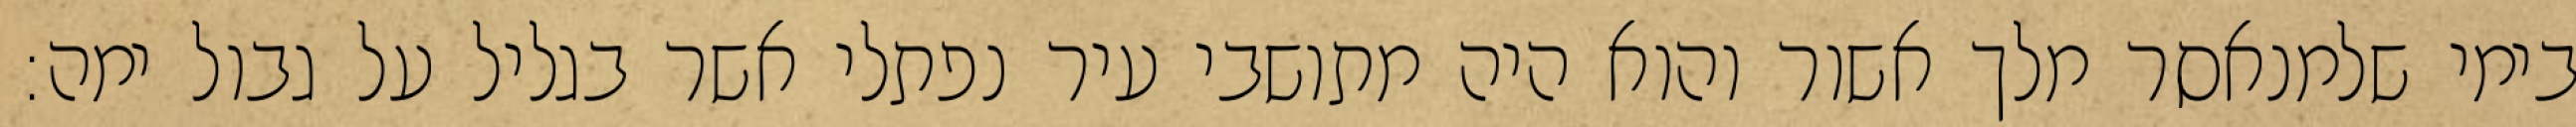
בימי שלמנאסר מלך אשור והוא היה מתושבי עיר נפתלי אשר בגליל על גבול ימה: